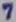
Text: 7